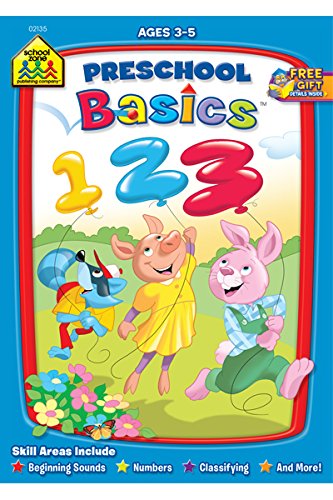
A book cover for Preschool Basics; Joan Hoffman; Education & Teaching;